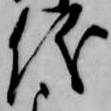
儀